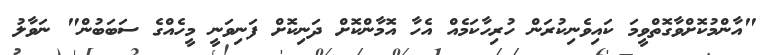
"އާންމުކޮށްވާގޮތްވީމަ ކައިވެނިކުރަން ހުރިހާކަމެއް އެހާ އޮމާންކޮށް ދަނިކޮށް ފަނިވަނީ މީހެއްގެ ސަބަބުން" ނަވާލު